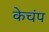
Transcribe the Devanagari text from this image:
केचंप